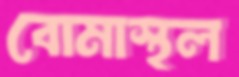
বোমাস্থল